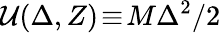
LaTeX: {\cal U}(\Delta,Z)\! \equiv\! M\Delta^{2}/2